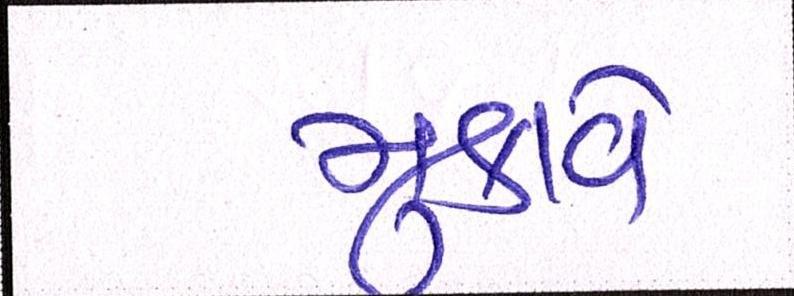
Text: મુકાવે